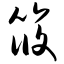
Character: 筱